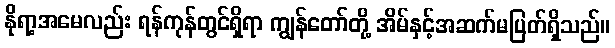
နိုရာ့အမေလည်း ရန်ကုန်တွင်ရှိရာ ကျွန်တော်တို့ အိမ်နှင့်အဆက်မပြတ်ရှိသည်။